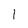
Character: 1